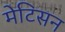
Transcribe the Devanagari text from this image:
मेटिसन